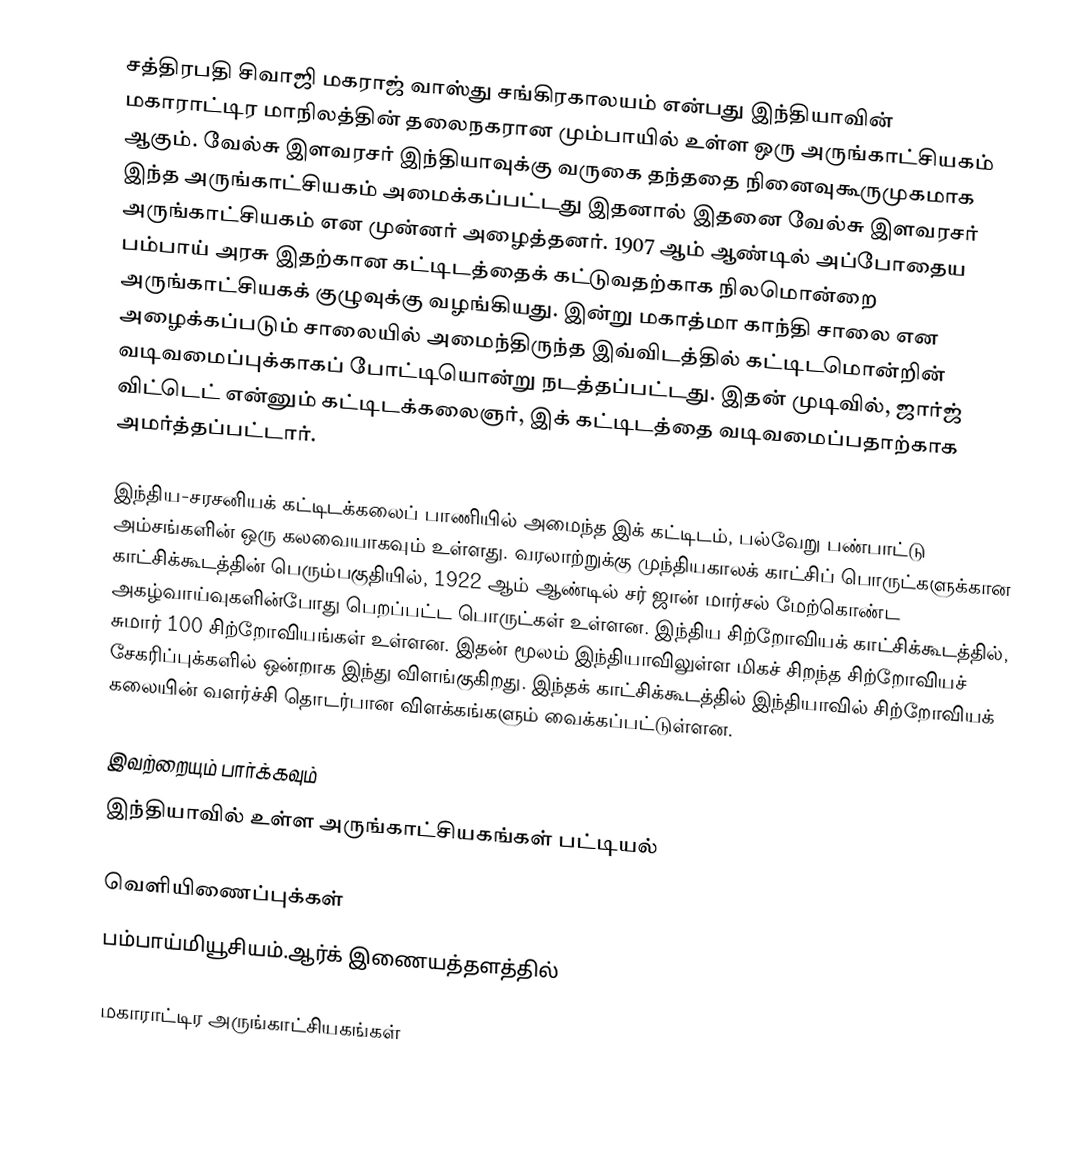
சத்திரபதி சிவாஜி மகராஜ் வாஸ்து சங்கிரகாலயம் என்பது இந்தியாவின் மகாராட்டிர மாநிலத்தின் தலைநகரான மும்பாயில் உள்ள ஒரு அருங்காட்சியகம் ஆகும். வேல்சு இளவரசர் இந்தியாவுக்கு வருகை தந்ததை நினைவுகூருமுகமாக இந்த அருங்காட்சியகம் அமைக்கப்பட்டது இதனால் இதனை வேல்சு இளவரசர் அருங்காட்சியகம் என முன்னர் அழைத்தனர். 1907 ஆம் ஆண்டில் அப்போதைய பம்பாய் அரசு இதற்கான கட்டிடத்தைக் கட்டுவதற்காக நிலமொன்றை அருங்காட்சியகக் குழுவுக்கு வழங்கியது. இன்று மகாத்மா காந்தி சாலை என அழைக்கப்படும் சாலையில் அமைந்திருந்த இவ்விடத்தில் கட்டிடமொன்றின் வடிவமைப்புக்காகப் போட்டியொன்று நடத்தப்பட்டது. இதன் முடிவில், ஜார்ஜ் விட்டெட் என்னும் கட்டிடக்கலைஞர், இக் கட்டிடத்தை வடிவமைப்பதாற்காக அமர்த்தப்பட்டார்.

இந்திய-சரசனியக் கட்டிடக்கலைப் பாணியில் அமைந்த இக் கட்டிடம், பல்வேறு பண்பாட்டு அம்சங்களின் ஒரு கலவையாகவும் உள்ளது. வரலாற்றுக்கு முந்தியகாலக் காட்சிப் பொருட்களுக்கான காட்சிக்கூடத்தின் பெரும்பகுதியில், 1922 ஆம் ஆண்டில் சர் ஜான் மார்சல் மேற்கொண்ட அகழ்வாய்வுகளின்போது பெறப்பட்ட பொருட்கள் உள்ளன. இந்திய சிற்றோவியக் காட்சிக்கூடத்தில், சுமார் 100 சிற்றோவியங்கள் உள்ளன. இதன் மூலம் இந்தியாவிலுள்ள மிகச் சிறந்த சிற்றோவியச் சேகரிப்புக்களில் ஒன்றாக இந்து விளங்குகிறது. இந்தக் காட்சிக்கூடத்தில் இந்தியாவில் சிற்றோவியக் கலையின் வளர்ச்சி தொடர்பான விளக்கங்களும் வைக்கப்பட்டுள்ளன.

இவற்றையும் பார்க்கவும்
 இந்தியாவில் உள்ள அருங்காட்சியகங்கள் பட்டியல்

வெளியிணைப்புக்கள்
 பம்பாய்மியூசியம்.ஆர்க் இணையத்தளத்தில்

மகாராட்டிர அருங்காட்சியகங்கள்